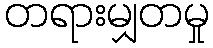
တရားမျှတမှု